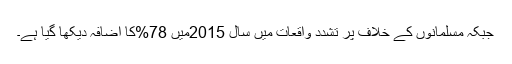
جبکہ مسلمانوں کے خلاف پُر تشدد واقعات میں سال 2015میں 78%کا اضافہ دیکھا گیا ہے۔